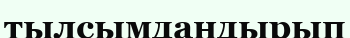
тылсымдандырып